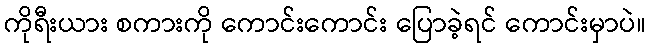
ကိုရီးယား စကားကို ကောင်းကောင်း ပြောခဲ့ရင် ကောင်းမှာပဲ။